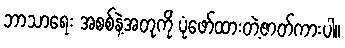
ဘာသာရေး အစစ်နဲ့အတုကို ပုံဖော်ထားတဲ့ဇာတ်ကားပါ။